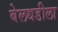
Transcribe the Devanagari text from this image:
बेलधडीला